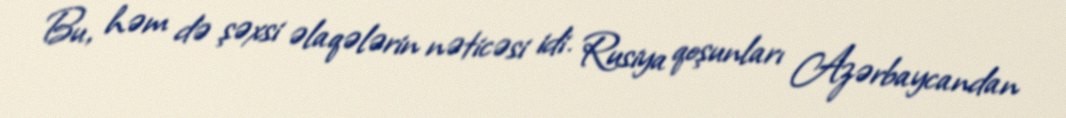
Bu, həm də şəxsi əlaqələrin nəticəsi idi. Rusiya qoşunları Azərbaycandan